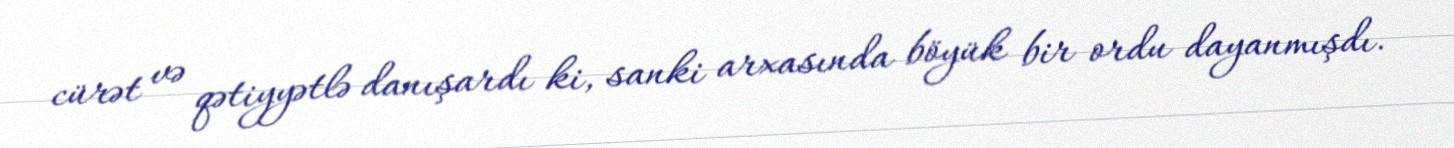
cürət və qətiyyətlə danışardı ki, sanki arxasında böyük bir ordu dayanmışdı.